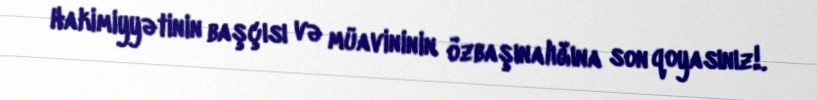
Hakimiyyətinin başçısı və müavininin özbaşınalığına son qoyasınız!.